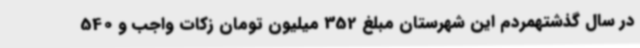
در سال گذشتهمردم این شهرستان مبلغ 352 میلیون تومان زکات واجب و 540